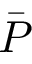
\bar { P }